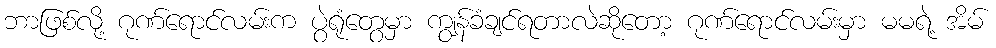
ဘာဖြစ်လို့ ဂုဏ်ရောင်လမ်းက ပွဲရုံတွေမှာ ကျွန်ခံချင်ရတာလဲဆိုတော့ ဂုဏ်ရောင်လမ်းမှာ မမရဲ့ အိမ်